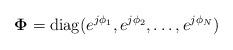
LaTeX: \begin{align*}\boldsymbol{\Phi} = {\rm{diag}}( e^{j\phi_1}, e^{j\phi_2},\dots, e^{j\phi_N})\end{align*}